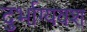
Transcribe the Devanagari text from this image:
दुर्भाग्‍यवश